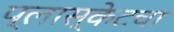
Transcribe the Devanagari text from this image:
प्लास्केटचा